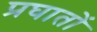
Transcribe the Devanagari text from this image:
प्रघातों